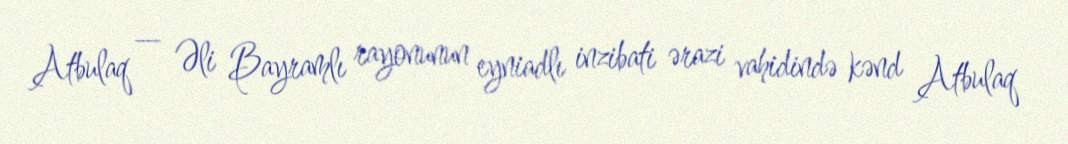
Atbulaq — Əli Bayramlı rayonunun eyniadlı inzibati ərazi vahidində kənd Atbulaq